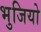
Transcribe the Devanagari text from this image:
भुजियो